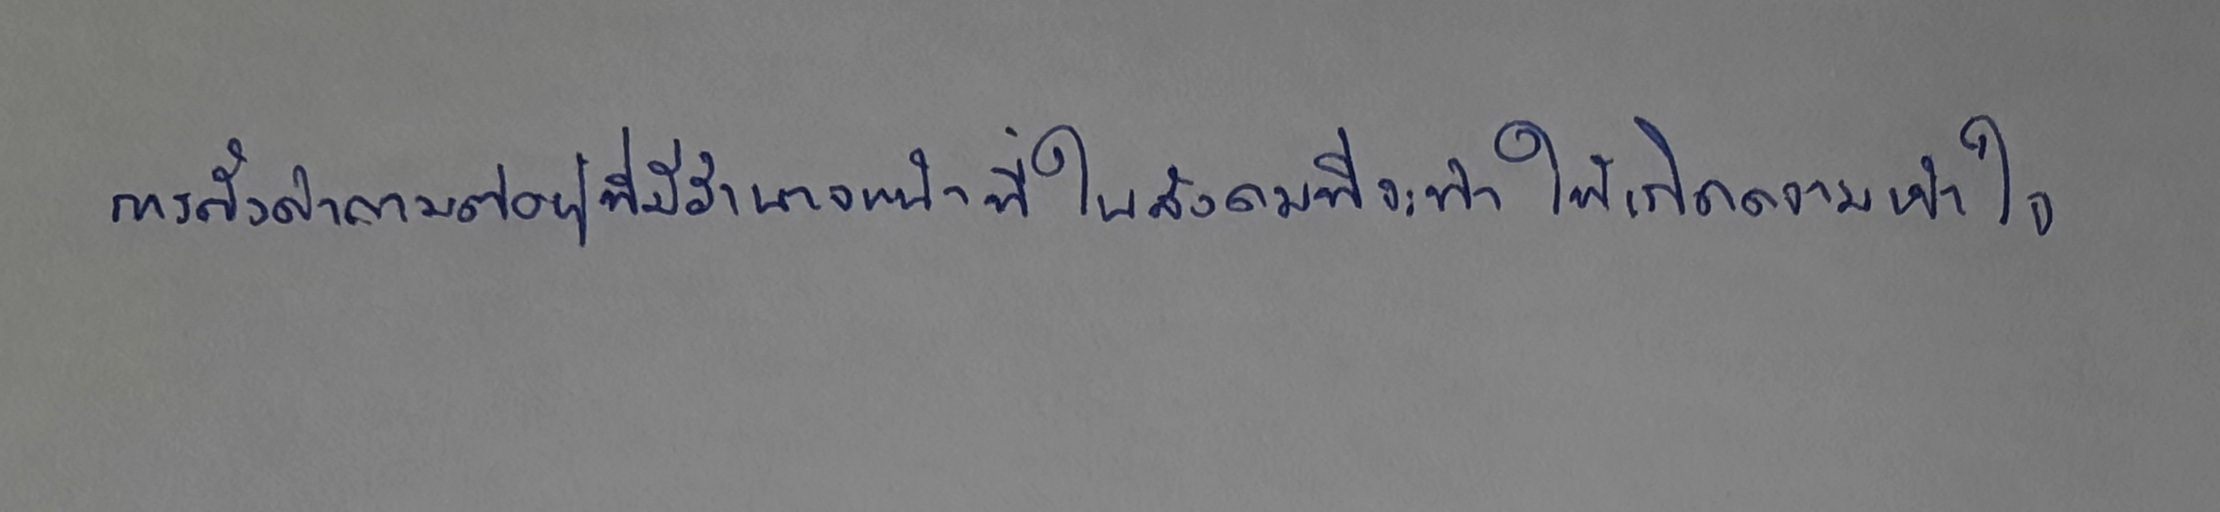
การตั้งคำถามต่อผู้ที่มีอำนาจหน้าที่ในสังคมที่จะทำให้เกิดความเข้าใจ